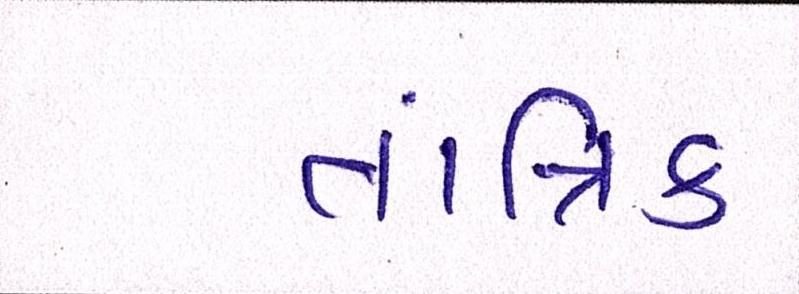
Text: તાંત્રિક